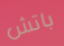
باتش